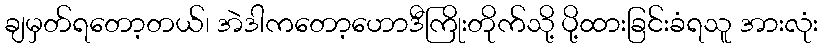
ချမှတ်ရတော့တယ်၊ အဲဒါကတော့ဟောဒီကြိုးတိုက်သို့ ပို့ထားခြင်းခံရသူ အားလုံး